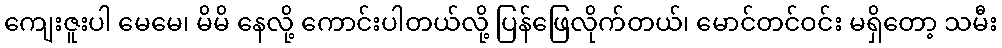
ကျေးဇူးပါ မေမေ၊ မိမိ နေလို့ ကောင်းပါတယ်လို့ ပြန်ဖြေလိုက်တယ်၊ မောင်တင်ဝင်း မရှိတော့ သမီး